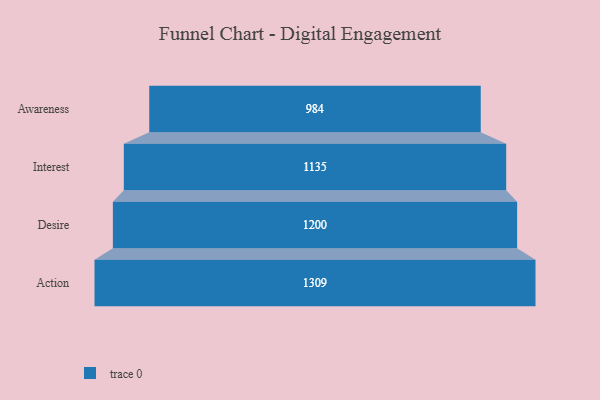
{"axis": {"x": "Stage", "y": "Value"}, "legend": [""], "data": [{"x": "Awareness", "y": 984.0, "type": ""}, {"x": "Interest", "y": 1135.0, "type": ""}, {"x": "Desire", "y": 1200.0, "type": ""}, {"x": "Action", "y": 1309.0, "type": ""}]}